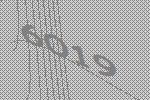
6019